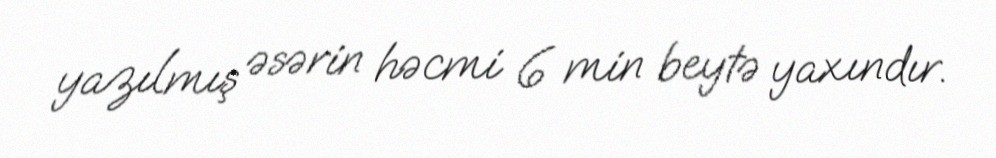
yazılmış əsərin həcmi 6 min beytə yaxındır.